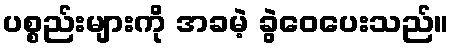
ပစ္စည်းများကို အခမဲ့ ခွဲဝေပေးသည်။